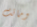
وماتت